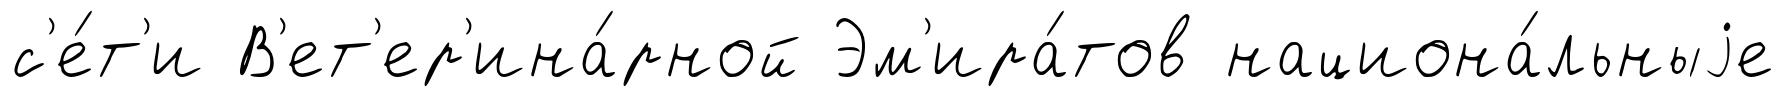
с'е́т'и В'ет'ер'ина́рной Эм'ира́тов национа́льныjе